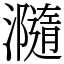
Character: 瀡